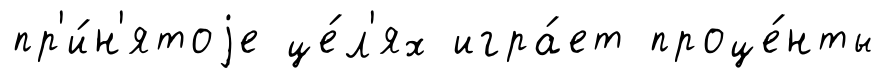
пр'и́н'ятоjе це́л'ях игра́ет проце́нты